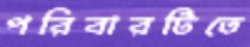
পরিবারটিতে